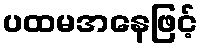
ပထမအနေဖြင့်